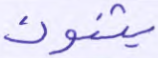
يثنون